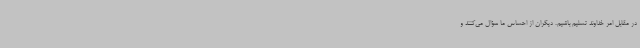
در مقابل امر خداوند تسلیم باشیم. دیگران از احساس ما سؤال می‌کنند و